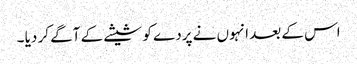
اس کے بعد انہوں نے پردے کو شیشے کے آگے کر دیا ۔